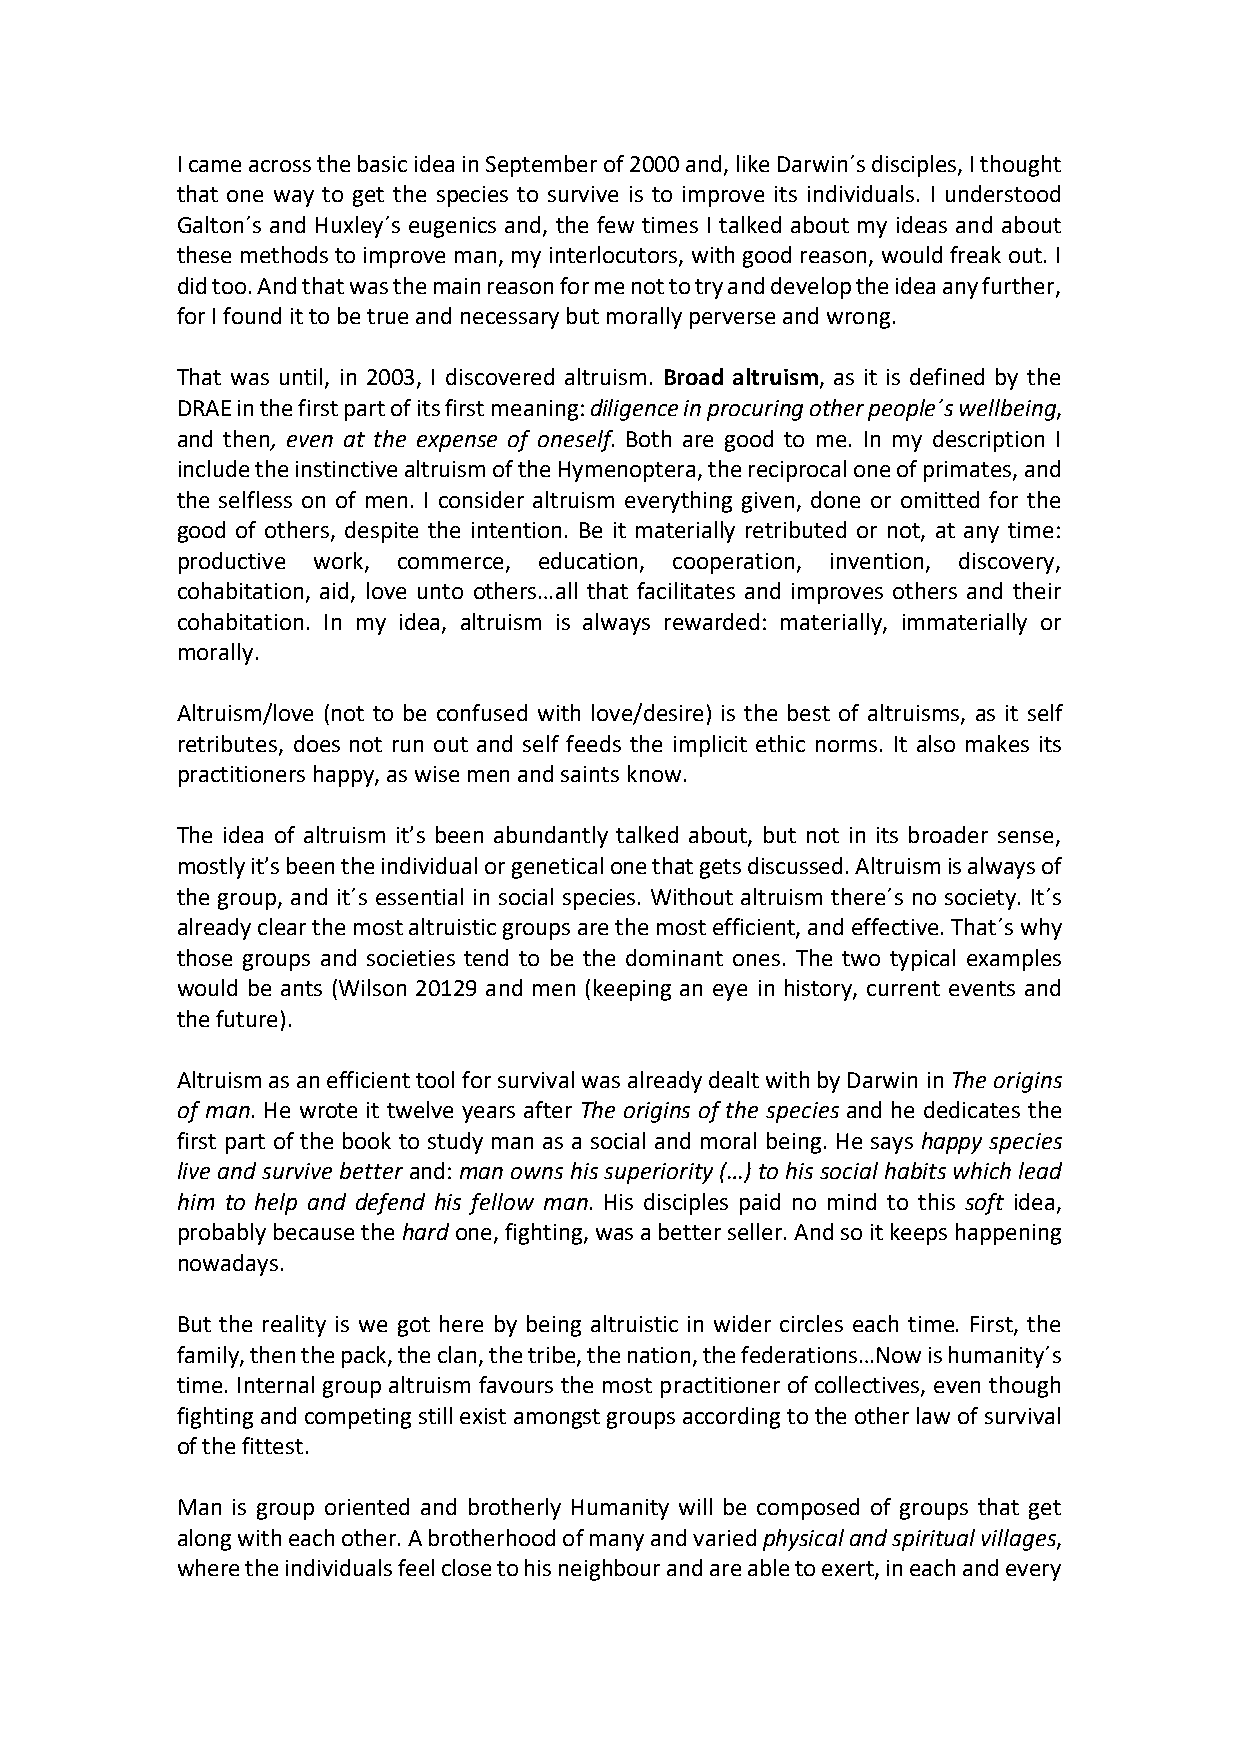
I came across the basic idea in September of 2000 and, like Darwin´s disciples, I thought
 that one way to get the species to survive is to improve its individuals. I understood
 Galton´s and Huxley´s eugenics and, the few times I talked about my ideas and about
 these methods to improve man, my interlocutors, with good reason, would freak out. I
 did too. And that was the main reason for me not to try and develop the idea any further,
 for I found it to be true and necessary but morally perverse and wrong.
 That was until, in 2003, I discovered altruism. Broad altruism, as it is defined by the
 DRAE in the first part of its first meaning: diligence in procuring other people´s wellbeing,
 and then, even at the expense of oneself. Both are good to me. In my description I
 include the instinctive altruism of the Hymenoptera, the reciprocal one of primates, and
 the selfless on of men. I consider altruism everything given, done or omitted for the
 good of others, despite the intention. Be it materially retributed or not, at any time:
 productive work, commerce, education, cooperation, invention, discovery,
 cohabitation, aid, love unto others…all that facilitates and improves others and their
 cohabitation. In my idea, altruism is always rewarded: materially, immaterially or
 morally.
 Altruism/love (not to be confused with love/desire) is the best of altruisms, as it self
 retributes, does not run out and self feeds the implicit ethic norms. It also makes its
 practitioners happy, as wise men and saints know.
 The idea of altruism it’s been abundantly talked about, but not in its broader sense,
 mostly it’s been the individual or genetical one that gets discussed. Altruism is always of
 the group, and it´s essential in social species. Without altruism there´s no society. It´s
 already clear the most altruistic groups are the most efficient, and effective. That´s why
 those groups and societies tend to be the dominant ones. The two typical examples
 would be ants (Wilson 20129 and men (keeping an eye in history, current events and
 the future).
 Altruism as an efficient tool for survival was already dealt with by Darwin in The origins
 of man. He wrote it twelve years after The origins of the species and he dedicates the
 first part of the book to study man as a social and moral being. He says happy species
 live and survive better and: man owns his superiority (…) to his social habits which lead
 him to help and defend his fellow man. His disciples paid no mind to this soft idea,
 probably because the hard one, fighting, was a better seller. And so it keeps happening
 nowadays.
 But the reality is we got here by being altruistic in wider circles each time. First, the
 family, then the pack, the clan, the tribe, the nation, the federations…Now is humanity´s
 time. Internal group altruism favours the most practitioner of collectives, even though
 fighting and competing still exist amongst groups according to the other law of survival
 of the fittest.
 Man is group oriented and brotherly Humanity will be composed of groups that get
 along with each other. A brotherhood of many and varied physical and spiritual villages,
 where the individuals feel close to his neighbour and are able to exert, in each and every